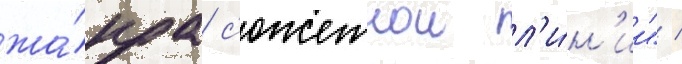
жа́нра с'южетнои л'и́н'ии" /